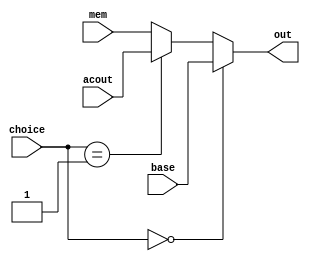

module mfwd( //Mux of FWD
    base,
    acout,
    mem,
    choice,
    out
);
    input[15:0] base; //PC plus
    input[15:0] acout; //Jump
    input[15:0] mem;

    input [1:0] choice;
    output reg[15:0] out;

    always@(*)
        if (choice == 2'b00) begin
            out = base;
        end else if (choice == 2'b01) begin
            out = acout;
        end else begin
            out = mem;
        end
    
endmodule